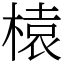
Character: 榬